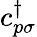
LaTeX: c_{p\sigma}^{\dagger}